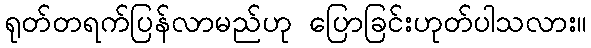
ရုတ်တရက်ပြန်လာမည်ဟု ပြောခြင်းဟုတ်ပါသလား။